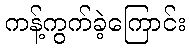
ကန့်ကွက်ခဲ့ကြောင်း